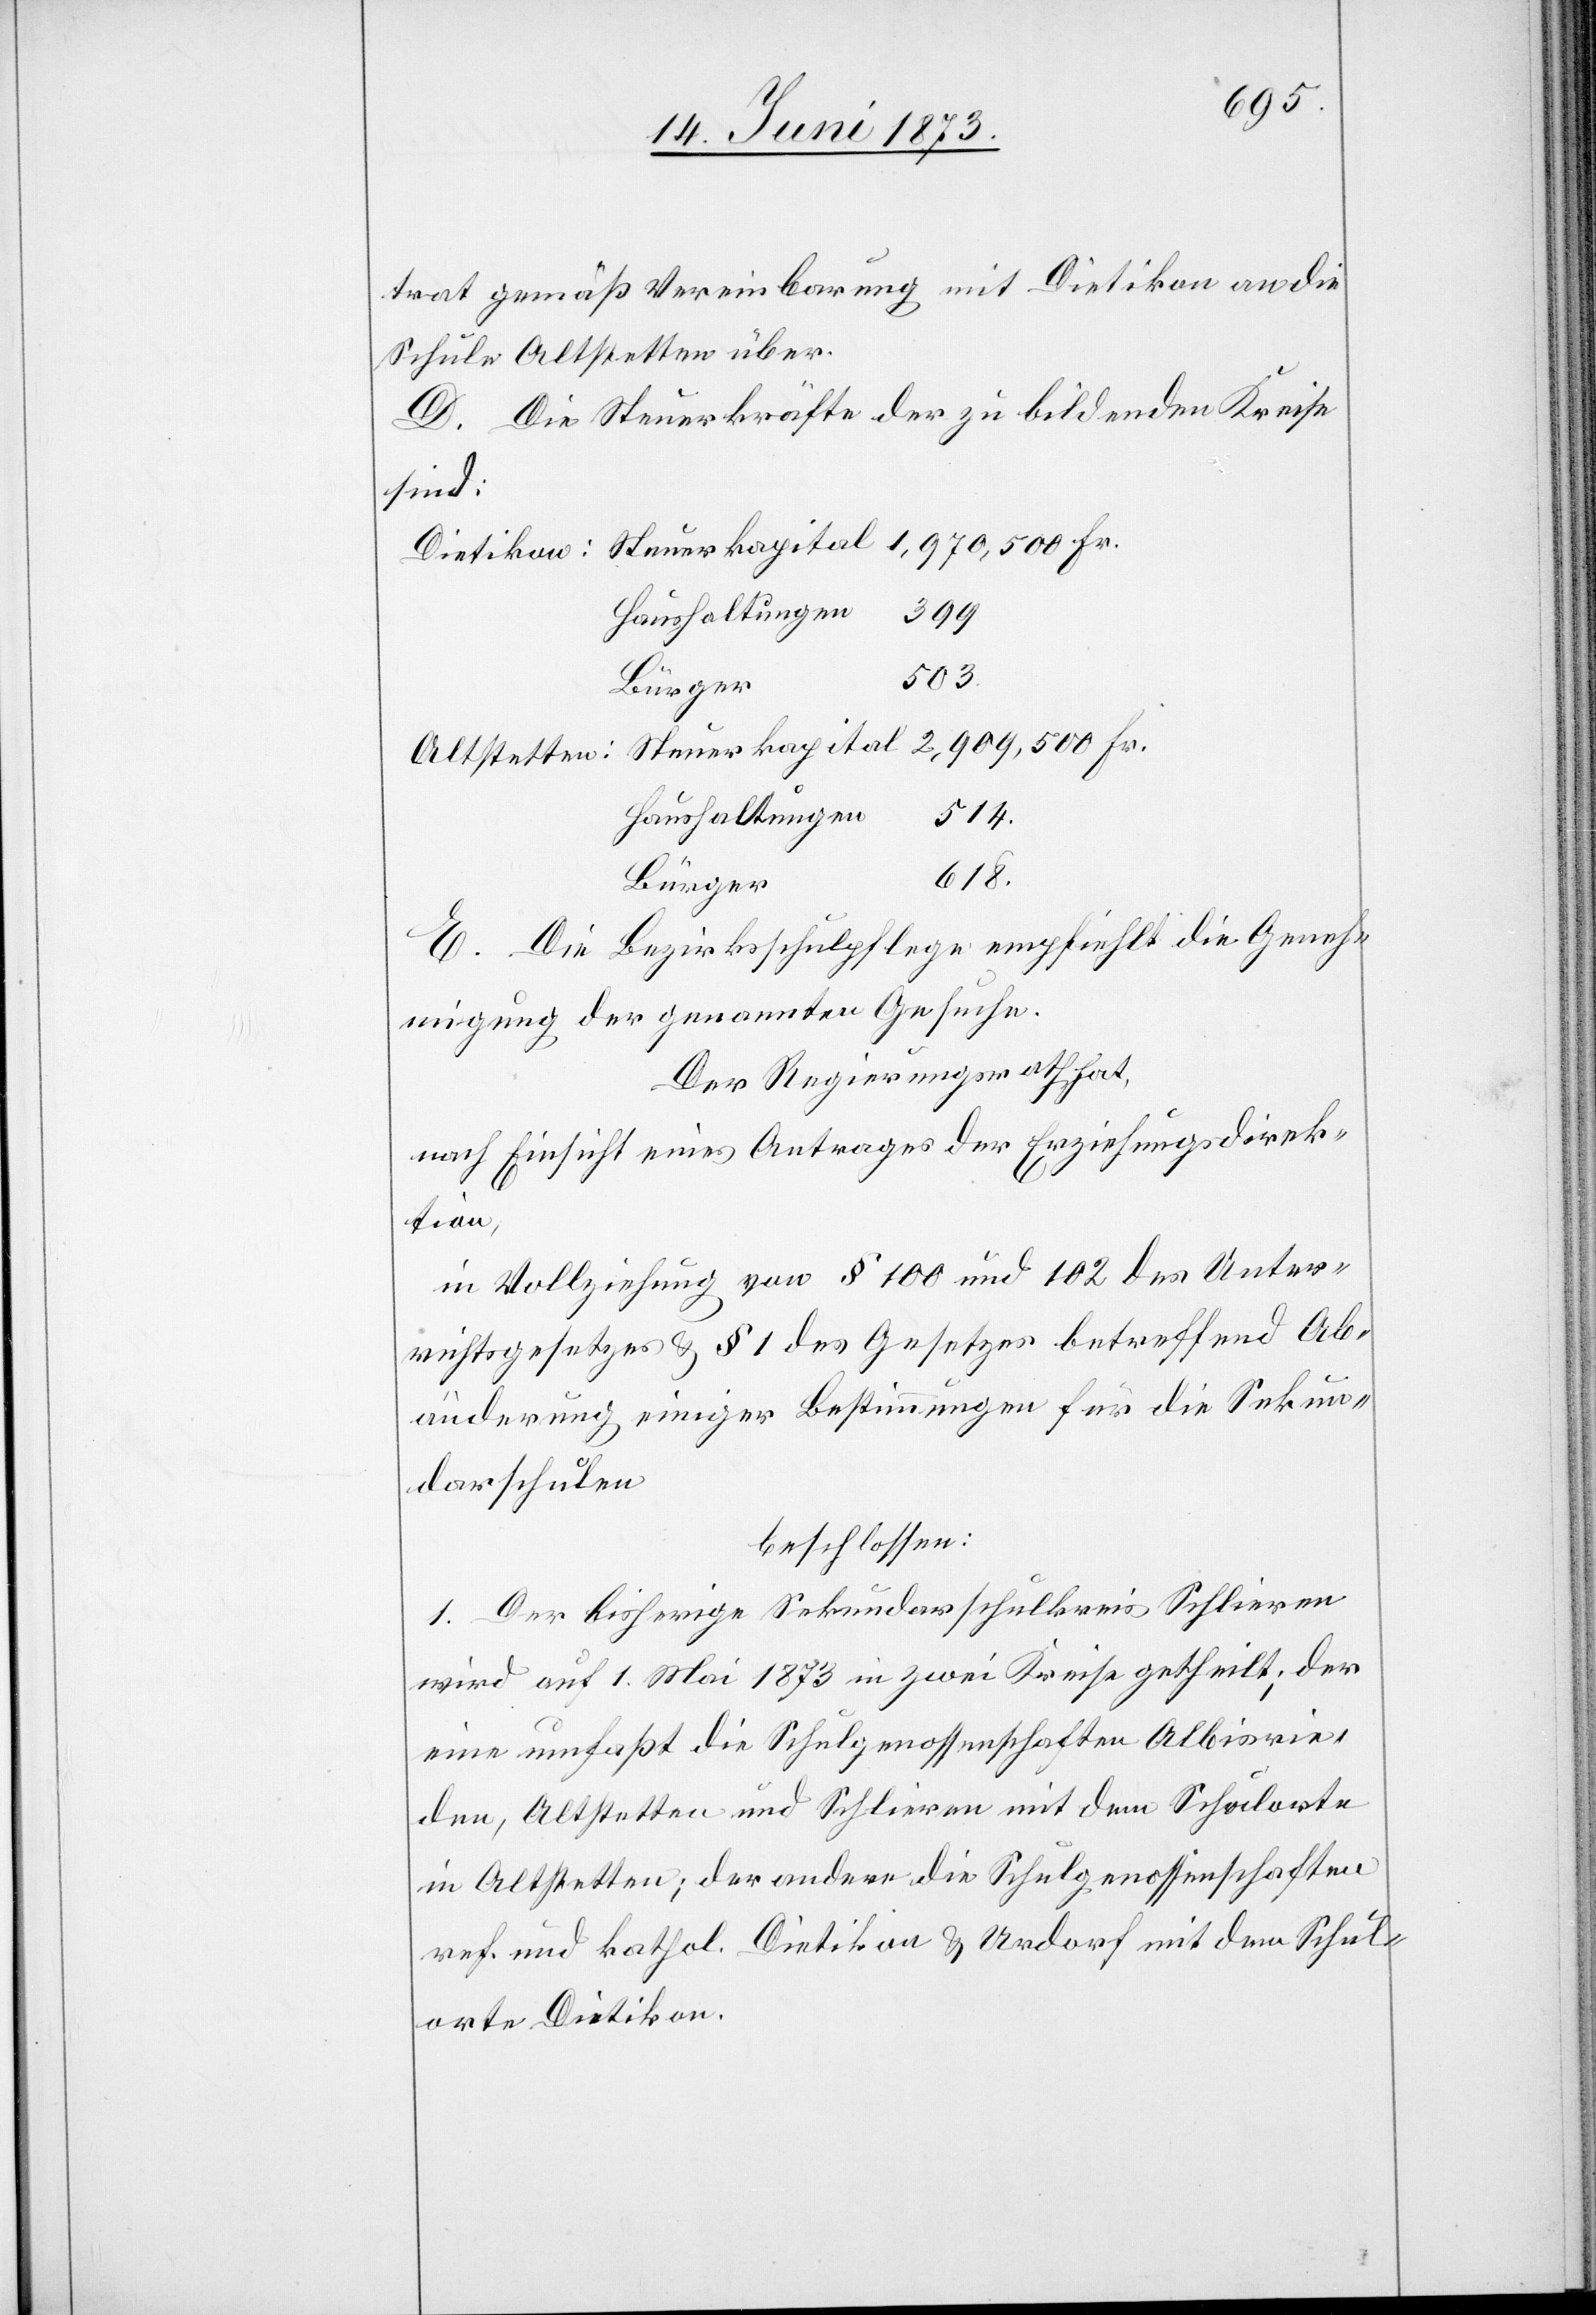
trat gemäß Vereinbarung mit Dietikon an die
Schule Altstetten über.
D. Die Steuerkräfte der zu bildenden Kreise
sind:
Haushaltungen
399
503.
Haushaltungen
514.
618.
Bürger
E. Die Bezirksschulpflege empfiehlt die Geneh¬
migung der genannten Gesuche.
Der Regierungsrath hat,
nach Einsicht eines Antrages der Erziehungsdirek¬
tion,
in Vollziehung von § 100 und 102 des Unter¬
richtsgesetzes & § 1 des Gesetzes betreffend Ab¬
änderung einiger Bestimmungen für die Sekun¬
darschulen
beschlossen:
1. Der bisherige Sekundarschulkreis Schlieren
wird auf 1. Mai 1873 in zwei Kreise getheilt; der
eine umfaßt die Schulgenossenschaften Albisrie¬
den, Altstetten und Schlieren mit dem Schulorte
in Altstetten; der andere die Schulgenossenschaften
ref. und kathol. Dietikon & Urdorf mit dem Schul¬
orte Dietikon.